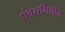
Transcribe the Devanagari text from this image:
पंचसमितीत